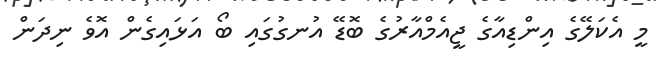
މީ އެކަލޭގެ އިންޑިއާގެ ޖީއެމްއާރުގެ ބޮޑޭ އުނގުގައި ބޯ އަޅައިގެން އޮވެ ނިދަން